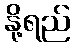
နို့ရည်